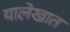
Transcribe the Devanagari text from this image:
यालेखात